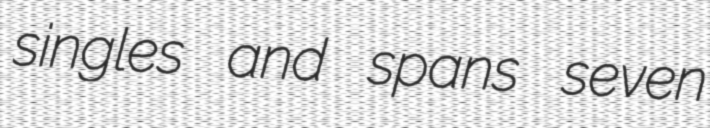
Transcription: singles and spans seven